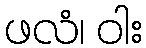
ဖလံ၊ ဝါး